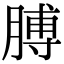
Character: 膊